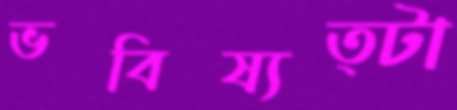
ভবিষ্যত্টা